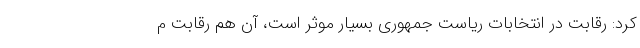
کرد: رقابت در انتخابات ریاست جمهوری بسیار موثر است، آن هم رقابت م